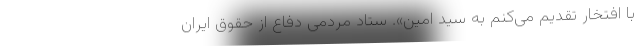
با افتخار تقدیم می‌کنم به سید امین». ستاد مردمی دفاع از حقوق ایران